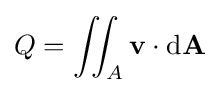
Q=\iint _{A}\mathbf {v} \cdot \mathrm {d} \mathbf {A}